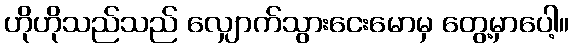
ဟိုဟိုသည်သည် လျှောက်သွားငေးမောမှ တွေ့မှာပေါ့။